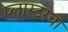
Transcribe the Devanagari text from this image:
प्लास्टरचा